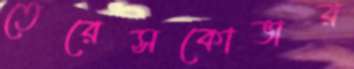
তেরেসকোভার